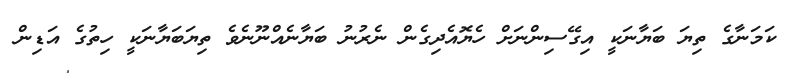
ކަމަނާގެ ތިޔަ ބަޔާނަކީ އިގޭސިންނަށް ހެޔޮއެދިގެން ނެރުނު ބަޔާނެއްނޫނެވެ ތިޔަބަޔާނަކީ ހިތުގެ އަޑިން